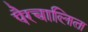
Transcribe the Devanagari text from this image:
पैरचालित